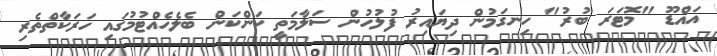
އައްޑޫ "މޮޓަރަ ބުރު" ހިނގަމުން ދިޔައިރު ފުލުހުން ސަލާމަތީ ކަންކަން ބެލެހެއްޓުމުގައި ހަރަކާތްތެރި